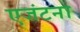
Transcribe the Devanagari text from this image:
एजंटना